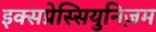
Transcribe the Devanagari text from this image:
इक्सप्रेस्सियुनिज़म